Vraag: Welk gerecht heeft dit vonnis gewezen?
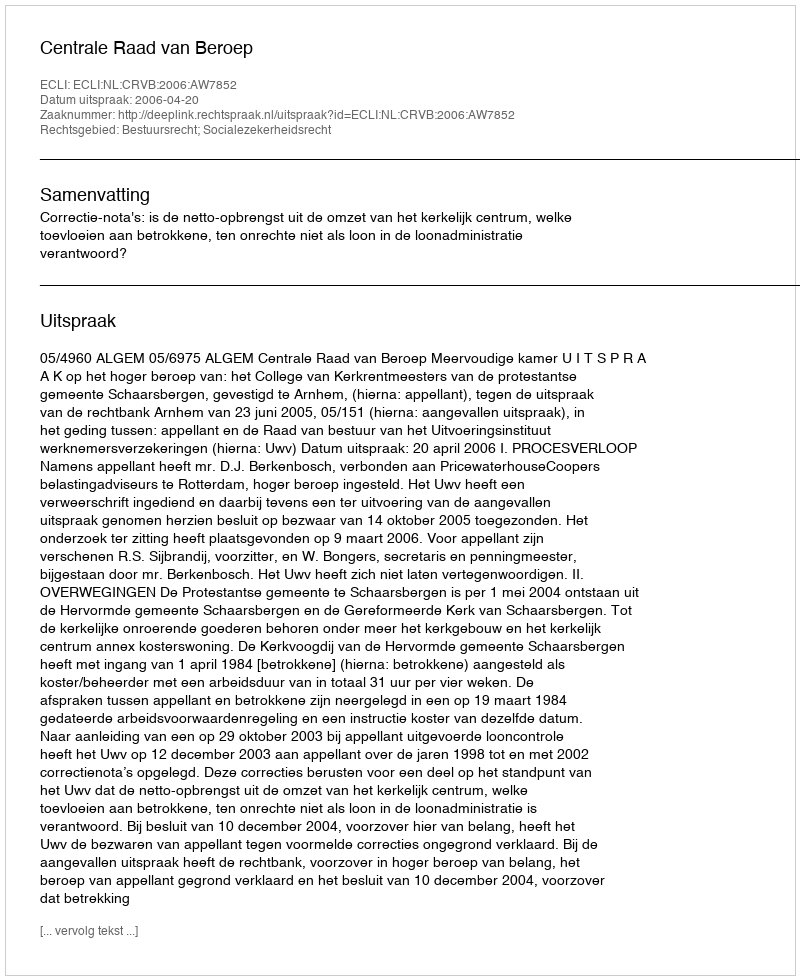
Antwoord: Centrale Raad van Beroep